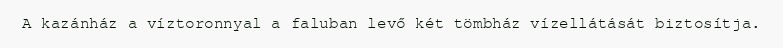
A kazánház a víztoronnyal a faluban levő két tömbház vízellátását biztosítja.